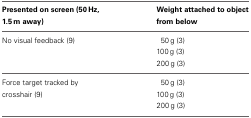
<table><thead><tr><td><b>Presented on screen (50 Hz, 1.5 m away)</b></td><td><b>Weight attached to object from below</b></td></tr></thead><tbody><tr><td rowspan="3">No visual feedback (9)</td><td>50 g (3)</td></tr><tr><td>100 g (3)</td></tr><tr><td>200 g (3)</td></tr><tr><td rowspan="3">Force target tracked by crosshair (9)</td><td>50 g (3)</td></tr><tr><td>100 g (3)</td></tr><tr><td>200 g (3)</td></tr></tbody></table>